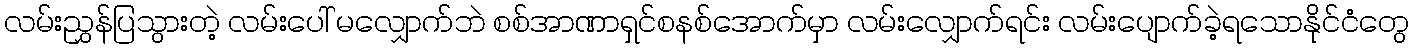
လမ်းညွှန်ပြသွားတဲ့ လမ်းပေါ် မလျှောက်ဘဲ စစ်အာဏာရှင်စနစ်အောက်မှာ လမ်းလျှောက်ရင်း လမ်းပျောက်ခဲ့ရသောနိုင်ငံတွေ